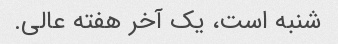
شنبه است، یک آخر هفته عالی.